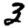
Digit: 3